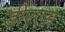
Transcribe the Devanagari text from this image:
डीएएस